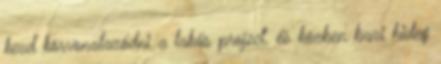
kezd körvonalazódni a lakás project. és közben bazi hideg